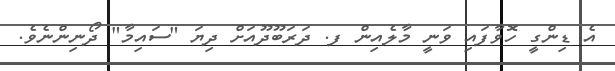
އެ ޑިންގީ ހޮވާފައި ވަނީ މާލެއިން ފ. ދަރަބޫދޫއަށް ދިޔަ "ސައިމާ" ދޯނިންނެވެ.